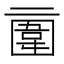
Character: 𠄿